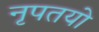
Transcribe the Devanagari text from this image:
नृपतयो